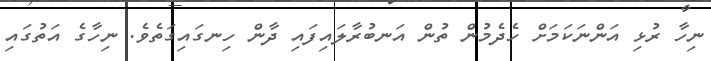
ނިހާ ރުޅި އަންނަކަމަށް ހެދެމުން ތުން އަނބުރާލައިފައި ދާން ހިނގައިގަތެވެ. ނިހާގެ އަތުގައި